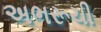
અભરૂચી